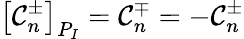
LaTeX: {\left[{{\cal C}_{n}^{\pm}}\right]_{{P_{I}}}}={\cal C}_{n}^{\mp}=-{\cal C}_{n}^{\pm}